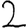
Digit: 2